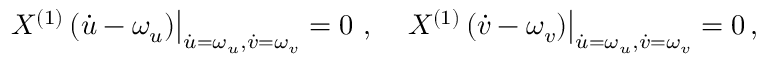
\left. X ^ { ( 1 ) } \left( \dot { u } - \omega _ { u } \right) \right| _ { \dot { u } = \omega _ { u } , \dot { v } = \omega _ { v } } = 0 \, \, , \quad \left. X ^ { ( 1 ) } \left( \dot { v } - \omega _ { v } \right) \right| _ { \dot { u } = \omega _ { u } , \dot { v } = \omega _ { v } } = 0 \, ,